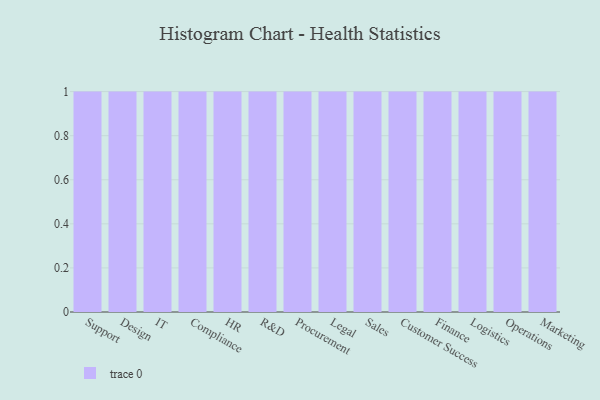
{"axis": {"x": "Department", "y": "Humidity (%)"}, "legend": [""], "data": [{"x": "Support", "y": 76, "type": ""}, {"x": "Design", "y": 78, "type": ""}, {"x": "IT", "y": 57, "type": ""}, {"x": "Compliance", "y": 73, "type": ""}, {"x": "HR", "y": 14, "type": ""}, {"x": "R&D", "y": 23, "type": ""}, {"x": "Procurement", "y": 9, "type": ""}, {"x": "Legal", "y": 58, "type": ""}, {"x": "Sales", "y": 53, "type": ""}, {"x": "Customer Success", "y": 11, "type": ""}, {"x": "Finance", "y": 77, "type": ""}, {"x": "Logistics", "y": 20, "type": ""}, {"x": "Operations", "y": 43, "type": ""}, {"x": "Marketing", "y": 63, "type": ""}]}